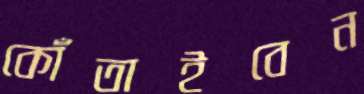
কোঁতাইবেন